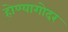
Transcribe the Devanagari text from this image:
होण्यागोदर